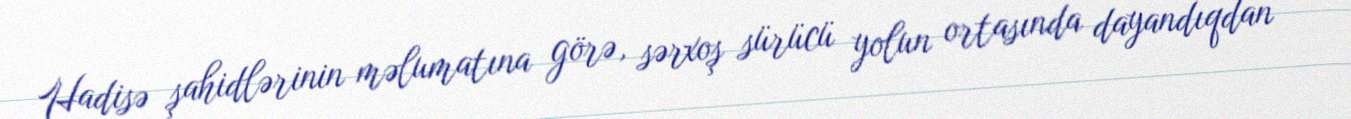
Hadisə şahidlərinin məlumatına görə, sərxoş sürücü yolun ortasında dayandıqdan